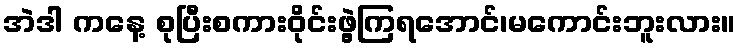
အဲဒါ ကနေ့ စုပြီးစကားဝိုင်းဖွဲ့ကြရအောင်၊မကောင်းဘူးလား။